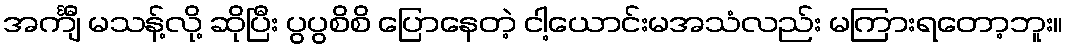
အင်္ကျီ မသန့်လို့ ဆိုပြီး ပွပွစိစိ ပြောနေတဲ့ ငါ့ယောင်းမအသံလည်း မကြားရတော့ဘူး။